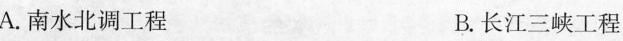
A.南水北调工程 B.长江三峡工程